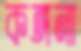
কঙ্গনা